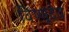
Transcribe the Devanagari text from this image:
विष्णूदेव